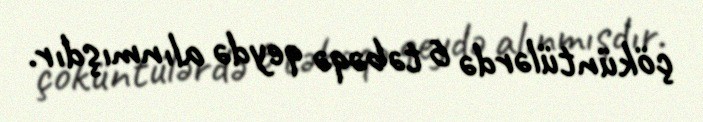
çöküntülərdə 6 təbəqə qeydə alınmışdır.